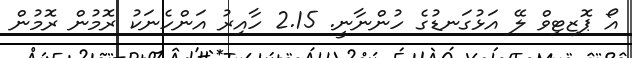
އޯ ޕޮޒިޓިވް ލޭ އަޅުގަނޑުގެ ހުންނާނީ. 2.15 ހާއިރު އަންހެނަކު ރޮމުން ރޮމުން